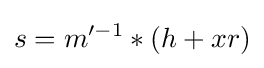
s=m'^{-1}*(h+xr)